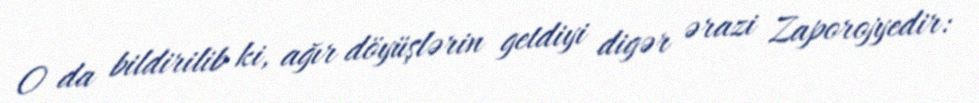
O da bildirilib ki, ağır döyüşlərin getdiyi digər ərazi Zaporojyedir: